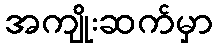
အကျိုးဆက်မှာ